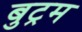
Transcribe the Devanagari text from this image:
बुट्रम